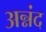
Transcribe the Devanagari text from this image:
अन्नंद